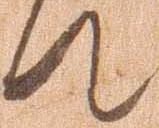
て